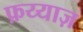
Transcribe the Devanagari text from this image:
फ़य्याज़